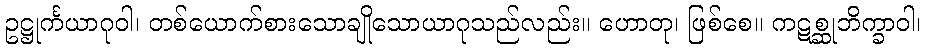
ဥဋ္ဌုင်္ကယာဂုဝါ၊ တစ်ယောက်စားသောချိုသောယာဂုသည်လည်း။ ဟောတု၊ ဖြစ်စေ။ ကဋစ္ဆုဘိက္ခာဝါ၊